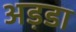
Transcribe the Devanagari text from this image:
अड़डा